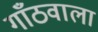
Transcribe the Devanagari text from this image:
गाँठवाला